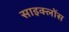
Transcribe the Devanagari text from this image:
साइक्लोंस